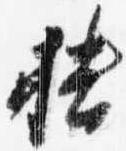
播